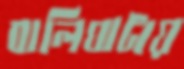
বালিঘাটায়